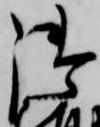
御